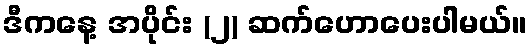
ဒီကနေ့ အပိုင်း (၂) ဆက်ဟောပေးပါမယ်။